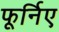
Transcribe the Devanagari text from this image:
फूर्निए